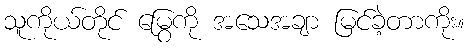
သူကိုယ်တိုင် မြွေကို အသေအချာ မြင်ခဲ့တာကိုး။